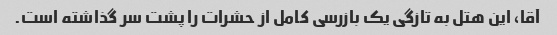
آقا، این هتل به تازگی یک بازرسی کامل از حشرات را پشت سر گذاشته است.